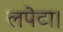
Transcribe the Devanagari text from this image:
लपेटा।